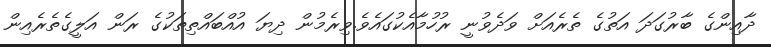
ދާއިންގެ ބާރުގަދަ އަތުގެ ތެރެއަށް ވަދެވުނީ ރުހުމާއެކުގައެވެ.ވިރެމުން ދިޔަ އުއްބައްތިތަކުގެ ރަން އަލީގެތެރެއިން